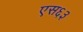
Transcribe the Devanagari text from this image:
एस६३